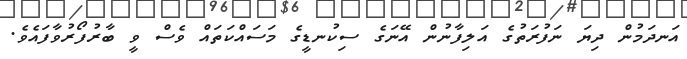
އަނދަމުން ދިޔަ ނަފުރަތުގެ އަލިފާނުން އޭނަގެ ސިކުނޑީގެ މަސައްކަތައް ވެސް ވީ ބާރުފޯރުވާފައެވެ.